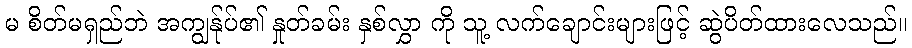
မ စိတ်မရှည်ဘဲ အကျွန်ုပ်၏ နှုတ်ခမ်း နှစ်လွှာ ကို သူ့ လက်ချောင်းများဖြင့် ဆွဲပိတ်ထားလေသည်။